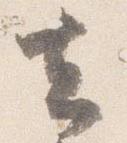
云